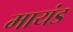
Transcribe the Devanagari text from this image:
मायंड